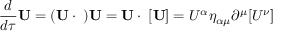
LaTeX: { \frac { d } { d \tau } } \mathbf { U } = ( \mathbf { U } \cdot \mathbf { \partial } ) \mathbf { U } = \mathbf { U } \cdot \mathbf { \partial } [ \mathbf { U } ] = U ^ { \alpha } \eta _ { \alpha \mu } \partial ^ { \mu } [ U ^ { \nu } ]